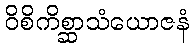
ဝိစိကိစ္ဆာသံယောဇနံ